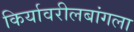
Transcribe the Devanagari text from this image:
किर्यावरीलबांगला